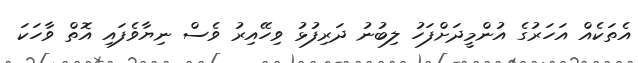
އެތަކެއް އަހަރުގެ އުންމީދަށްފަހު ލިބުނު ދަރިފުޅު ވިހޭއިރު ވެސް ނިޔާވެފައި އޮތް ވާހަކަ